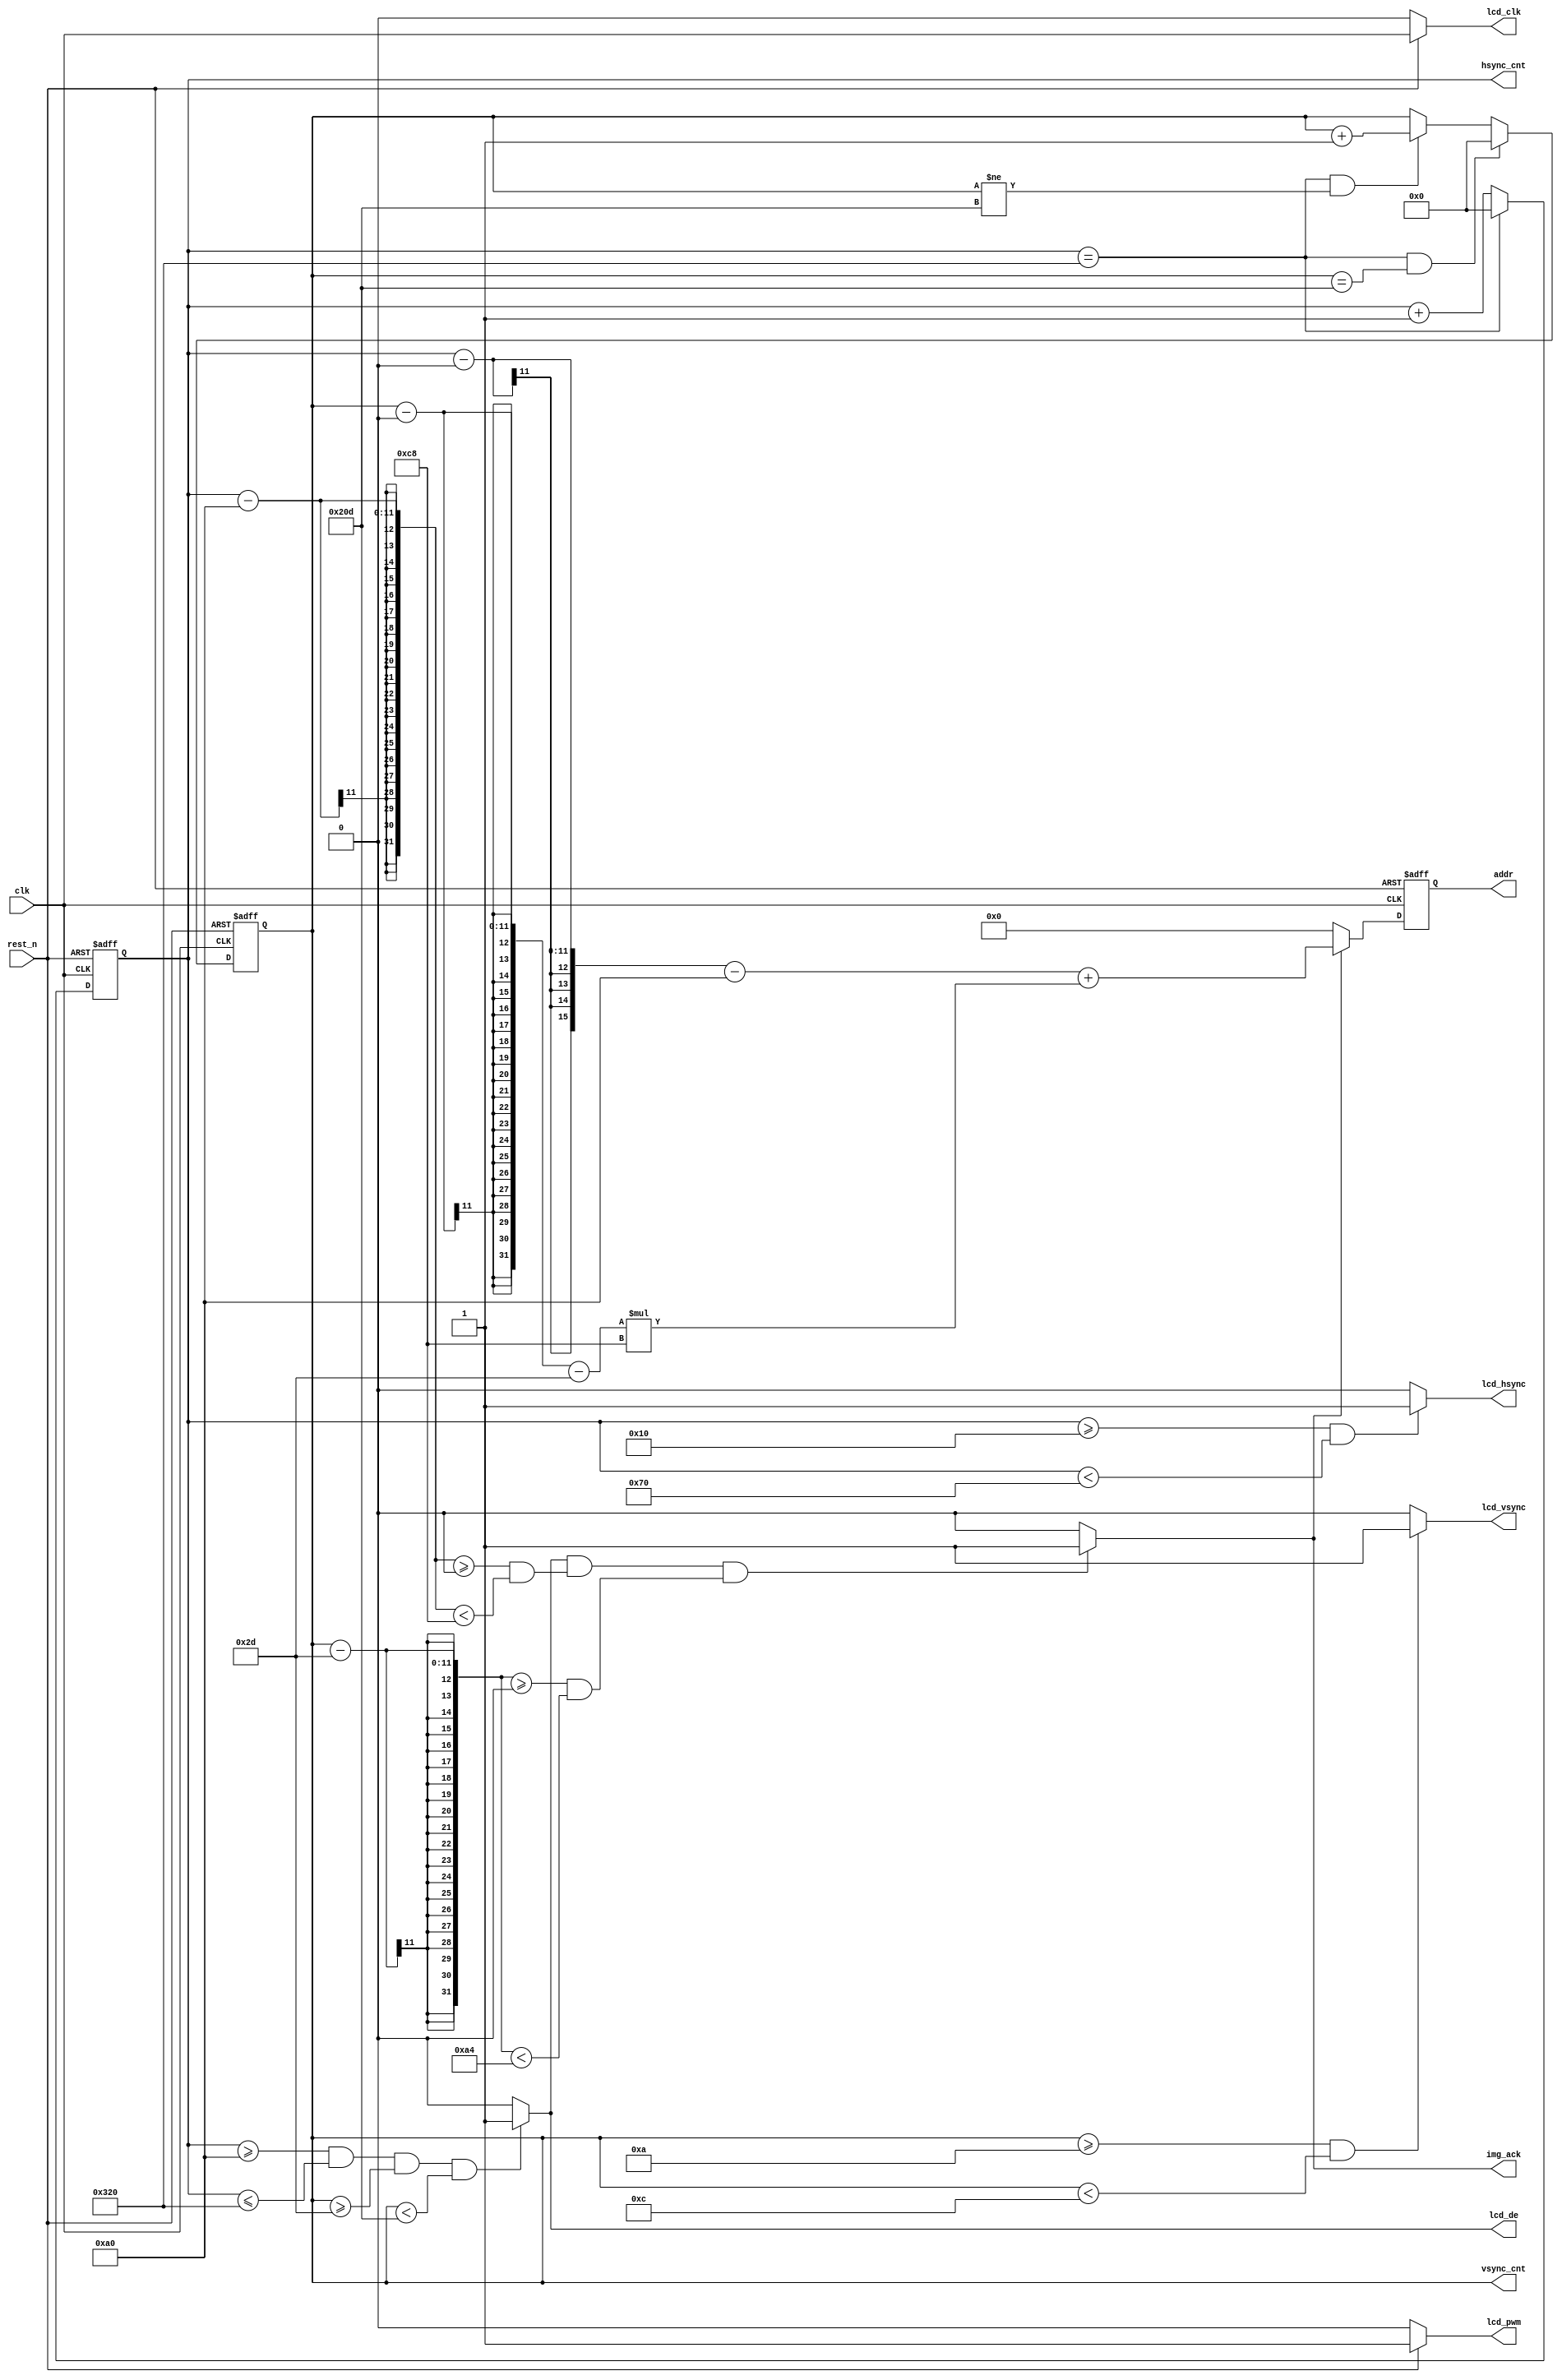
// This program was cloned from: https://github.com/verimake-team/SparkRoad-V
// License: MIT License

`timescale 1ns/ 1ps
// --------------------------------------------------------------------
// >>>>>>>>>>>>>>>>>>>>>>>>> COPYRIGHT NOTICE <<<<<<<<<<<<<<<<<<<<<<<<<
// --------------------------------------------------------------------
// 
// 
// Description:
//
//		dvp_ov2640,VGA
// 
// Web: www.anlogic.com
// --------------------------------------------------------------------
module lcd_sync
#(
 	//display image at pos
	parameter IMG_W = 200,  //
	parameter IMG_H = 164,  //
	parameter IMG_X = 0,
	parameter IMG_Y = 0
)
(
	input 	wire 		clk,
	input 	wire 		rest_n,
	output 	wire 		lcd_clk,
	output 	wire 		lcd_pwm,
	output 	wire 		lcd_hsync, 
	output 	wire 		lcd_vsync, 
	output 	wire 		lcd_de,
	output 	wire [10:0] hsync_cnt,
	output 	wire [10:0] vsync_cnt,
	output 	wire 		img_ack,
	output 	wire [15:0]	addr
	);
	
//640*480
localparam VGA_H = 640;  
localparam VGA_V = 480; 

localparam THB 	 = 160;
localparam TH 	 = VGA_H + THB;

localparam TVB   = 45;
localparam TV    = VGA_V + TVB;

reg [10:0] counter_hs;
reg [10:0] counter_vs;

reg [15:0] read_addr;             //rom   

reg [10:0] img_hbegin = 0;   //VGA
reg [10:0] img_vbegin = 0;   //VGA

always@(posedge clk or negedge rest_n)
begin
	if(rest_n == 1'b0)
		counter_hs <= 0;
	else if(counter_hs == TH )
		counter_hs <= 0;
	else
		counter_hs <= counter_hs + 1;
end

always@(posedge clk or negedge rest_n)
begin
	if(rest_n == 1'b0)
		counter_vs <= 0;
	else if(counter_hs == TH && counter_vs == TV)				
		counter_vs <= 0;
	else if(counter_hs == TH && counter_vs != TV)
		counter_vs <= counter_vs + 1;
end

assign lcd_clk   = (rest_n == 1) ? clk  : 1'b0;
assign lcd_pwm   = (rest_n == 1) ? 1'b1 : 1'b0;
assign lcd_hsync = ( counter_hs >= 16 && counter_hs < 112 ) ? 1 : 0;
assign lcd_vsync = ( counter_vs >= 10 && counter_vs < 12 ) ? 1 : 0;
assign lcd_de    = ( counter_hs >= THB && counter_hs <= TH && counter_vs >= TVB  && counter_vs < TV) ? 1 : 0;
assign hsync_cnt = counter_hs;
assign vsync_cnt = counter_vs;

assign img_ack = lcd_de &&
((counter_hs - THB) >= IMG_X && (counter_hs - THB) < (IMG_X + IMG_W)) && 
((counter_vs - TVB) >= IMG_Y && (counter_vs - TVB) < (IMG_Y + IMG_H)) ? 1'b1 : 1'b0;
               
assign addr = read_addr;

always@(posedge clk or negedge rest_n)
 begin
	 if(!rest_n)
		 read_addr <= 16'd0;
	 else if(img_ack)
		 read_addr <= (counter_hs - IMG_X - THB) + (counter_vs - IMG_Y - TVB) * IMG_W;
	 else
		 read_addr <= 16'd0;  
 end

endmodule